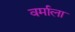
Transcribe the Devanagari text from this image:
वर्माला